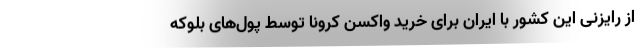
از رایزنی این کشور با ایران برای خرید واکسن کرونا توسط پول‌های بلوکه